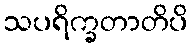
သပရိက္ခတာတိပိ